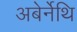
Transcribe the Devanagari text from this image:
अबेर्नेथि